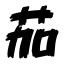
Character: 茄